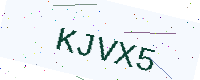
Text: KJVX5